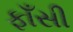
ફાઁસી